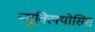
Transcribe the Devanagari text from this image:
न्युक्लियोसिस